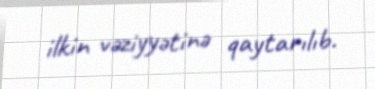
ilkin vəziyyətinə qaytarılıb.